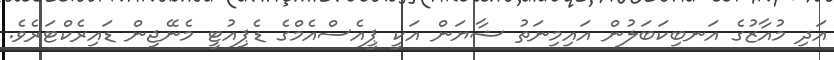
އަދި މުއާޒުގެ އަނބިކަބަލުން އައިމިނަތު ޝާޔަން އަކީ ޕީއެސްއެމްގެ ޑެޕިއުޓީ މެނޭޖިން ޑައިރެކްޓަރެވެ.